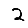
Digit: 2